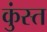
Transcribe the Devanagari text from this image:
कुंस्त